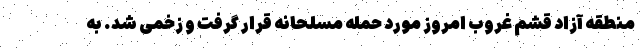
منطقه آزاد قشم غروب امروز مورد حمله مسلحانه قرار گرفت و زخمی شد. به